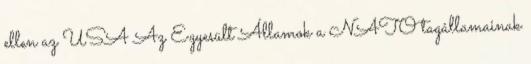
ellen az USA Az Egyesült Államok a NATO tagállamainak